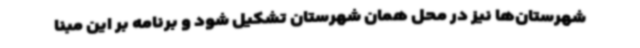
شهرستان‌ها نیز در محل همان شهرستان تشکیل شود و برنامه بر این مبنا